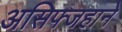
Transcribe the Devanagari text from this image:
असिफ्जहाने